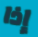
إذا